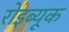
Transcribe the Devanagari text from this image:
रोइब्यूक